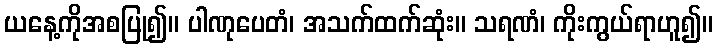
ယနေ့ကိုအစပြု၍။ ပါဏုပေတံ၊ အသက်ထက်ဆုံး။ သရဏံ၊ ကိုးကွယ်ရာဟူ၍။